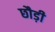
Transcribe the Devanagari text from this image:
छौड़ी